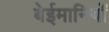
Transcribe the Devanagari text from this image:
बेईमानियों